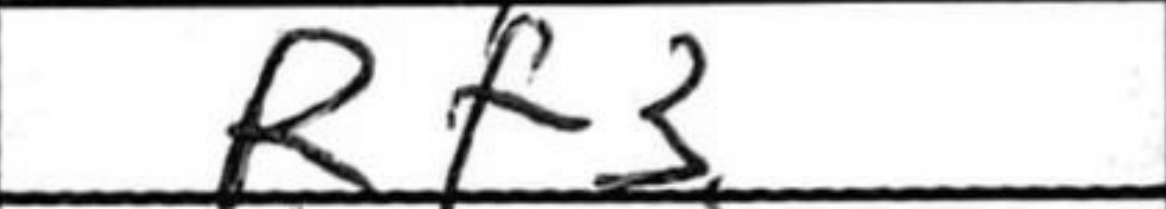
Transcription: Rf3